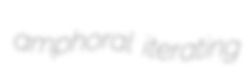
amphoral iterating